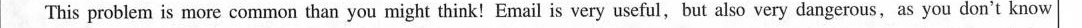
This problem is more common than you might think!Email is very useful,but also very dangerous, as you don't know